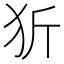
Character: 㹞